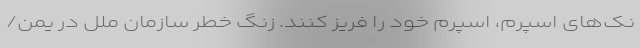
نک‌های اسپرم، اسپرم‌ خود را فریز کنند. زنگ خطر سازمان ملل در یمن/